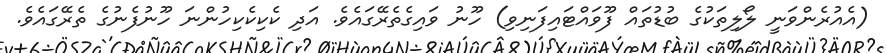
(އެއުރެންވަނީ ލޯލިތަކުގެ ބުޑުތައް ފޫވައްޓައިފަނިވި) ހޫނު ވައިގެތެރޭގައެވެ. އަދި ކެކިކެކިހުންނަ ހޫނުފެނުގެ ތެރޭގައެވެ.